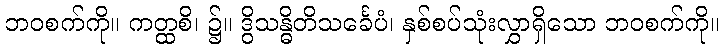
ဘဝစက်ကို။ ကတ္ထစိ၊ ၌။ ဒွိသန္ဓိတိသင်္ခေပံ၊ နှစ်စပ်သုံးလွှာရှိသော ဘဝစက်ကို။